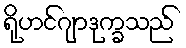
ရိုဟင်ဂျာဒုက္ခသည်